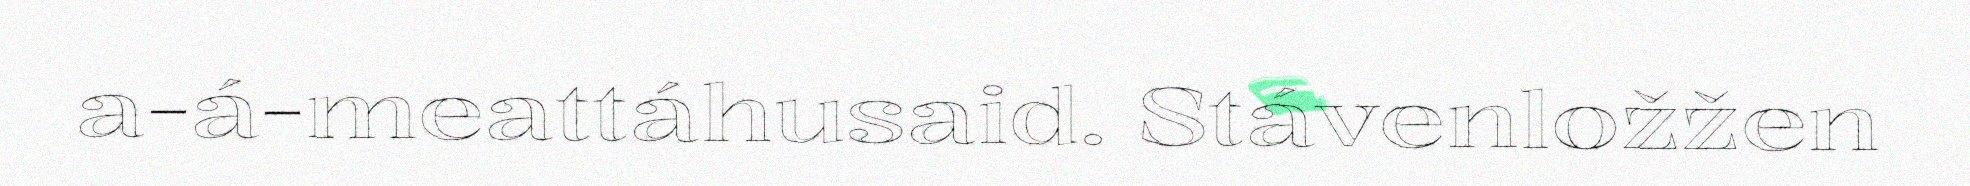
a-á-meattáhusaid. Stávenložžen